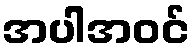
အပါအဝင်